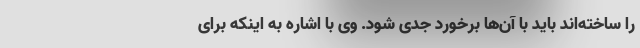
را ساخته‌اند باید با آن‌ها برخورد جدی شود. وی با اشاره به اینکه برای